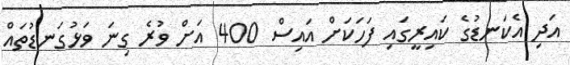
އަދި އެކަނޑުގެ ކައިރީގައި ފަހަކަށް އައިސް 400 އަށް ވުރެ ގިނަ ވަޅުގަނޑުތައް